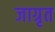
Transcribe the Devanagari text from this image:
जाग्रृत